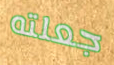
جعلته